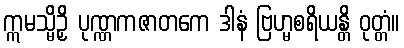
ဣမသ္မိဉှိ ပုဏ္ဏကဇာတကေ ဒါနံ ဗြဟ္မစရိယန္တိ ဝုတ္တံ။